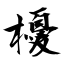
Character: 櫌